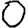
Digit: 0